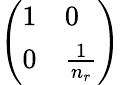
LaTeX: \left(\begin{array}{ll}{1}&{0}\\ {0}&{\frac{1}{n_{r}}}\end{array}\right)